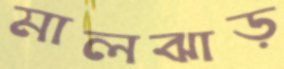
মালঝাড়